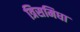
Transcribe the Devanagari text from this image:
त्रिसमिधा